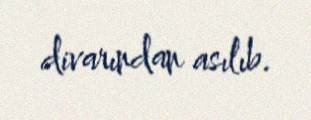
divarından asılıb.